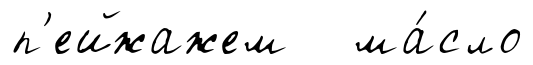
п'ейжажем ма́сло